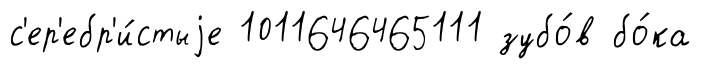
с'ер'ебр'и́стыjе 1011646465111 зубо́в бо́ка